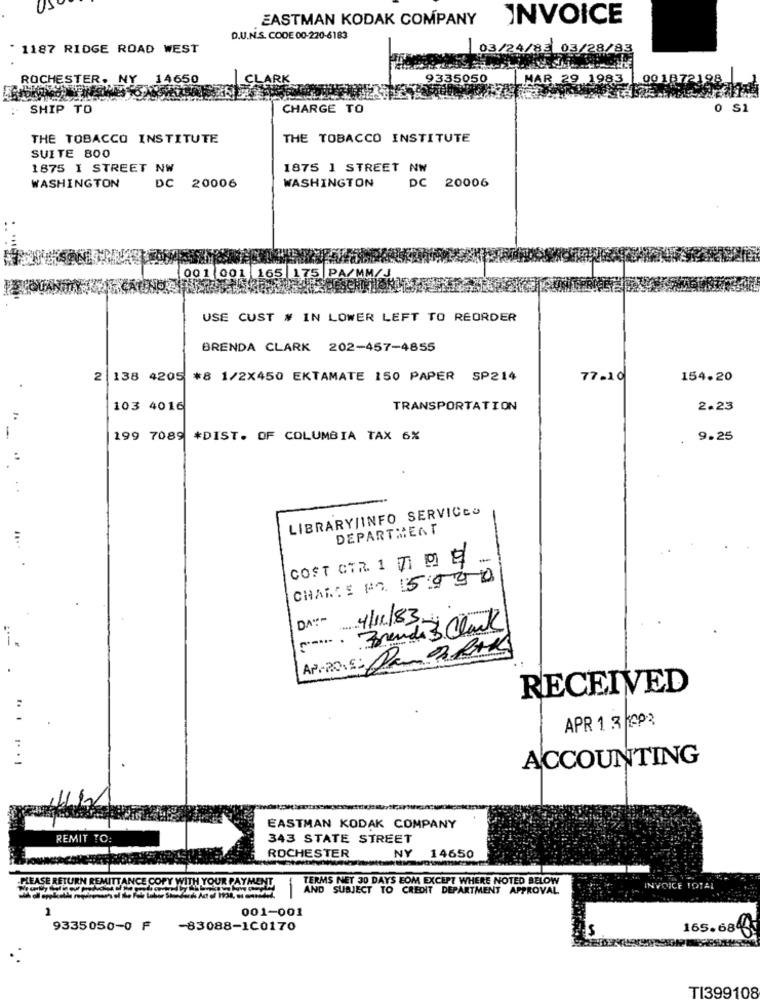
EASTMAN KODAK COMPANY INVOICE
D.U.N.S. CODE 00-220-6183
- 1187 RIDGE ROAD WEST
03/24/82 03/28/83
ROCHESTER, NY 14650
CLARK
9335050
MAR 29 1983
00 1872198
SHIP TO
CHARGE TO
0 S1
THE TOBACCO INSTITUTE
THE TOBACCO INSTITUTE
SUITE 800
1875 I STREET NW
1875 1 STREET NW
WASHINGTON
DC 20006
WASHINGTON
DC 20006
00 1 001 165 | 175 PA/MM/J
USE CUST # IN LOWER LEFT TO REORDER
BRENDA CLARK 202-457-4855
138 4205 *8 1/2X450 EKTAMATE 150 PAPER SP214
77-10
154.20
103 4016
TRANSPORTATION
2.23
199 7089 *DIST. OF COLUMBIA TAX 6%
9.25
LIBRARY/INFO SERVICES
DEPARTMENT
COST GIR 1 7 DE
CHARTE NO. 15:430
DA-
4/11/83
Brenda Clark
AP-205: Da BRAK
RECEIVED
APR 1 3 KAP3
ACCOUNTING
EASTMAN KODAK COMPANY
REMIT TO:
343 STATE STREET
ROCHESTER
NY
14650
TERMS NET 30 DAYS EOM EXCEPT WHERE NOTED BELOW
OFY WITH YOUR
AND SUBJECT TO CREDIT DEPARTMENT APPROVAL
INVOICE TOTAL
1
001-001
9335050-0 F
-83088-100170
165.6840
TI399108